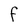
Character: F